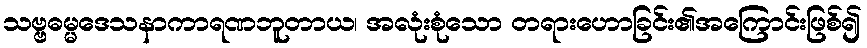
သဗ္ဗဓမ္မဒေသနာကာရဏဘူတာယ၊ အလုံးစုံသော တရားဟောခြင်း၏အကြောင်းဖြစ်၍